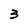
Character: 3